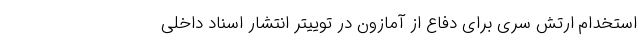
استخدام ارتش سری برای دفاع از آمازون در توییتر انتشار اسناد داخلی